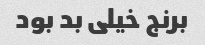
برنج خیلی بد بود